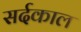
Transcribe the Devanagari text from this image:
सर्दकाल